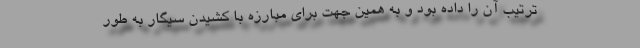
ترتیب آن را داده بود و به همین جهت برای مبارزه با کشیدن سیگار به طور